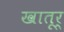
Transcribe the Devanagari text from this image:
खातूर्